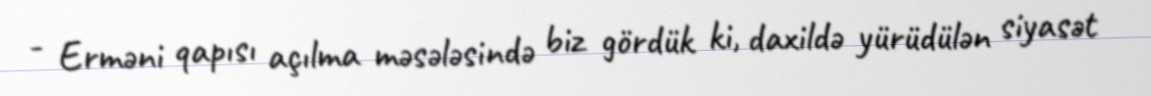
- Erməni qapısı açılma məsələsində biz gördük ki, daxildə yürüdülən siyasət